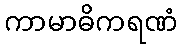
ကာမာဓိကရဏံ